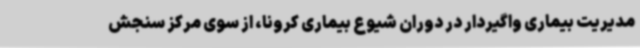
مدیریت بیماری واگیردار در دوران شیوع بیماری کرونا، از سوی مرکز سنجش